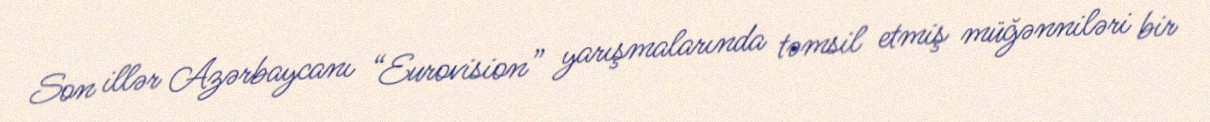
Son illər Azərbaycanı “Eurovision” yarışmalarında təmsil etmiş müğənniləri bir